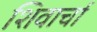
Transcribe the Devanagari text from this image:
शिवार्चा